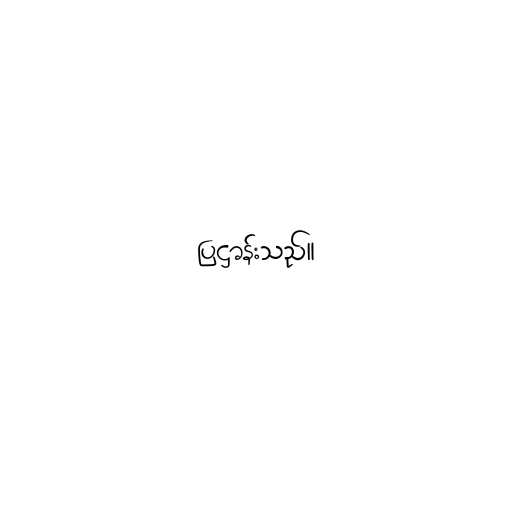
ပြဋ္ဌာန်းသည်။